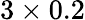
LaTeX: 3\times 0.2